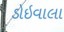
ડોઇવાલા